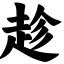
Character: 趁